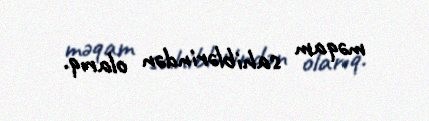
məqam sahiblərindən olarıq.